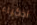
اذكياء